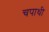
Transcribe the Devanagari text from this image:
चपाथी